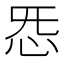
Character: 𫹲